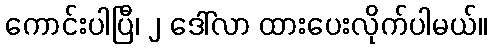
ကောင်းပါပြီ၊ ၂ ဒေါ်လာ ထားပေးလိုက်ပါမယ်။